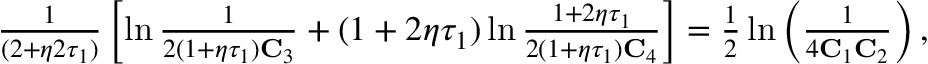
\begin{array} { r } { \frac { 1 } { ( 2 + \eta 2 \tau _ { 1 } ) } \left[ \ln \frac { 1 } { 2 ( 1 + \eta \tau _ { 1 } ) \mathbf { C } _ { 3 } } + ( 1 + 2 \eta \tau _ { 1 } ) \ln \frac { 1 + 2 \eta \tau _ { 1 } } { 2 ( 1 + \eta \tau _ { 1 } ) \mathbf { C } _ { 4 } } \right] = \frac { 1 } { 2 } \ln \left( \frac { 1 } { 4 \mathbf { C } _ { 1 } \mathbf { C } _ { 2 } } \right) , } \end{array}